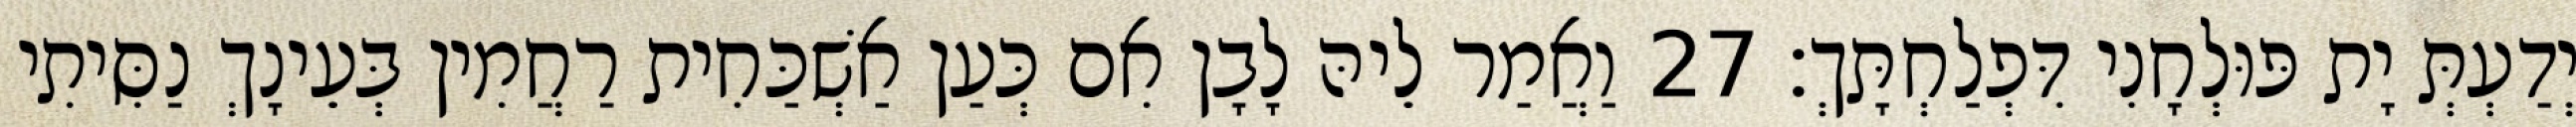
יְדַעְתְּ יָת פּוּלְחָנִי דִּפְלַחְתָּךְ׃ 27 וַאֲמַר לֵיהּ לָבָן אִם כְּעַן אַשְׁכַּחִית רַחֲמִין בְּעֵינָךְ נַסִּיתִי